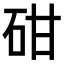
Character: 𥑠